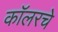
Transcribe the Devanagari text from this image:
कॉलरचे